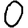
Digit: 0